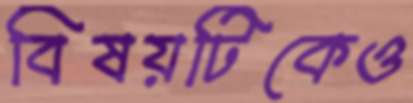
বিষয়টিকেও